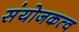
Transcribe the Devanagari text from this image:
संयोजकत्व